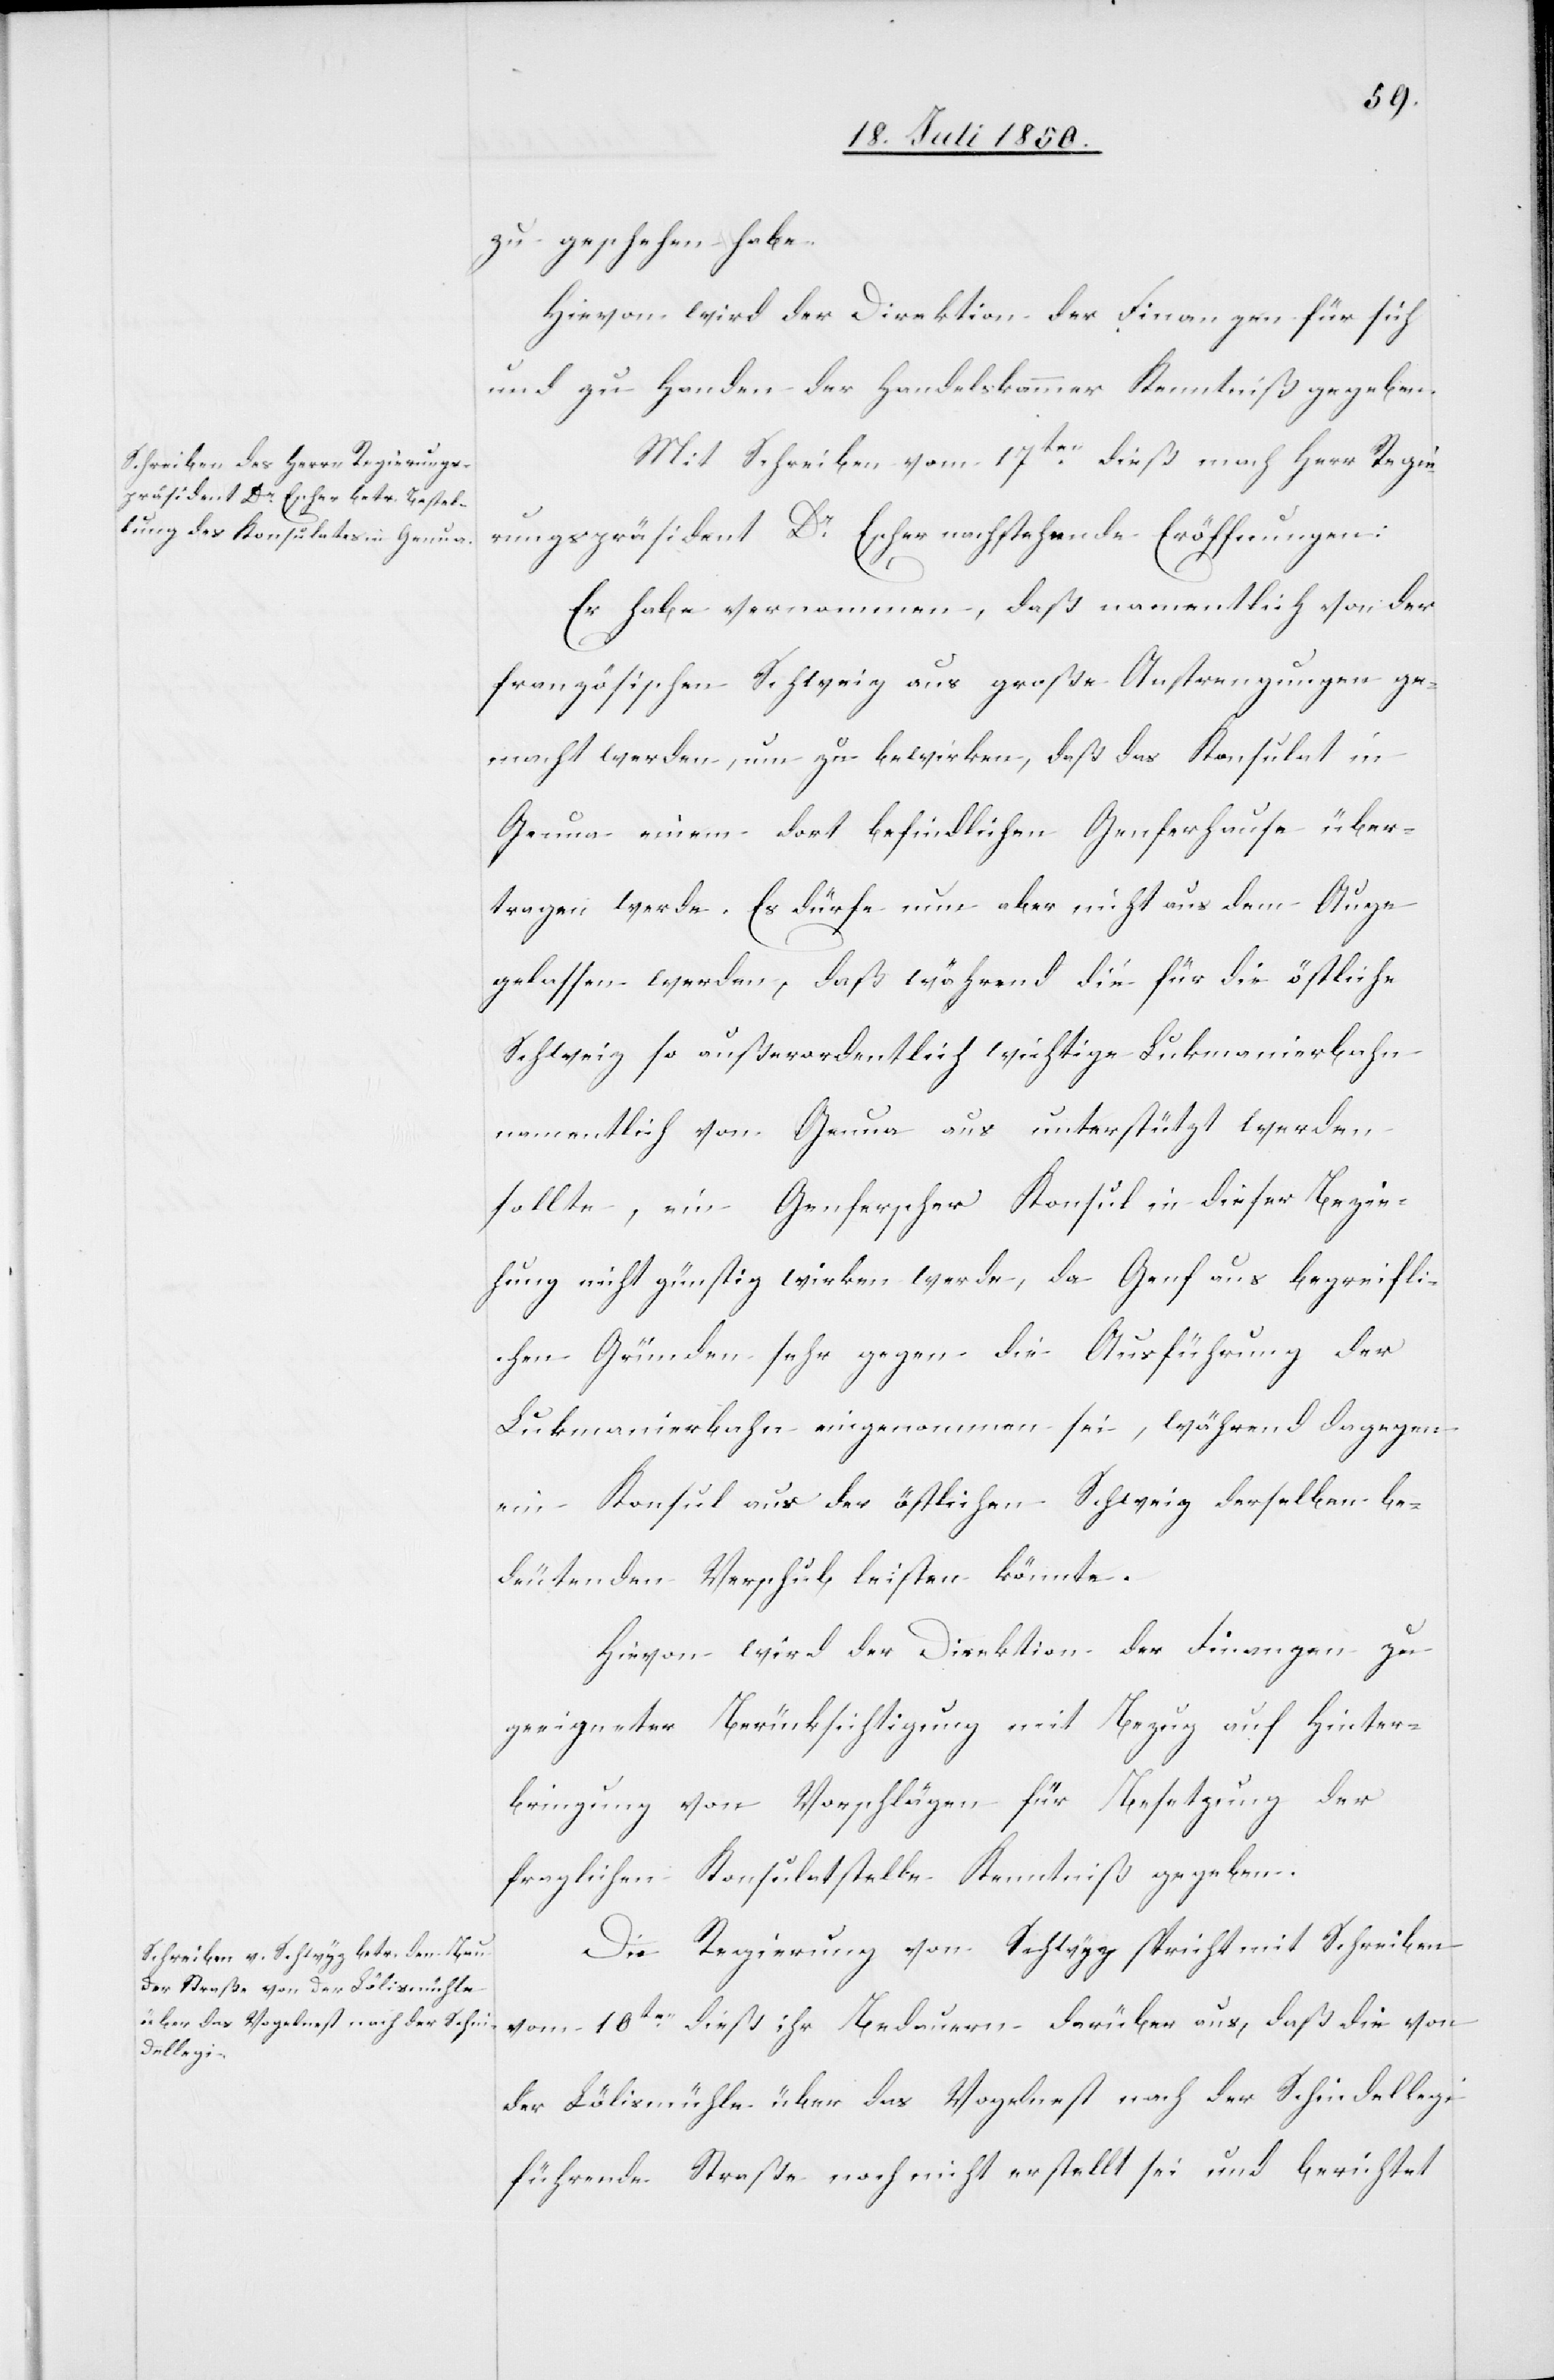
zu geschehen habe.
Hievon wird der Direktion der Finanzen für sich
und zu Handen der Handelskammer Kenntniß gegeben.
Mit Schreiben vom 17ten dieß mach[t] Herr Regie¬
rungspräsident Dr Escher nachstehende Eröffnungen:
Er habe vernommen, daß namentlich von der
französischen Schweiz aus große Anstrengungen ge¬
macht werden, um zu bewirken, daß das Konsulat in
Genua einem dort befindlichen Genferhause über¬
tragen werde. Es dürfe nun aber nicht aus dem Auge
gelassen werden, daß während die für die östliche
Schweiz so außerordentlich wichtige Lukmanierbahn
namentlich von Genua aus unterstützt werden
sollte, ein Genferscher Konsul in dieser Bezie¬
hung nicht günstig wirken werde, da Genf aus begreifli¬
chen Gründen sehr gegen die Ausführung der
Lukmanierbahn eingenommen sei, während dagegen
ein Konsul aus der östlichen Schweiz derselben be¬
deutenden Verschub [recte: Vorschub]
Hievon wird der Direktion der Finanzen zu
geeigneter Berücksichtigung mit Bezug auf Hinter¬
bringung von Vorschlägen für Besetzung der
fraglichen Konsulatstelle Kenntniß gegeben.
Die Regierung von Schwyz spricht mit Schreiben
vom 10ten dieß ihr Bedauern darüber aus, daß die von
der Lölismühle über das Vogelnest nach der Schindellegi
führende Straße noch nicht erstellt sei und berichtet